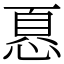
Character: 𢝊